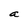
Character: a